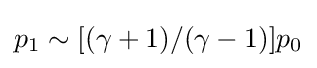
p_{1}\sim [(\gamma +1)/(\gamma -1)]p_{0}